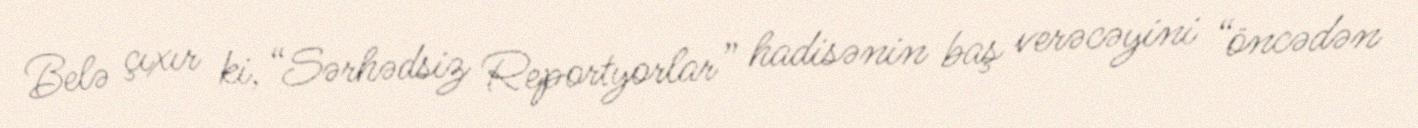
Belə çıxır ki, “Sərhədsiz Reportyorlar” hadisənin baş verəcəyini “öncədən